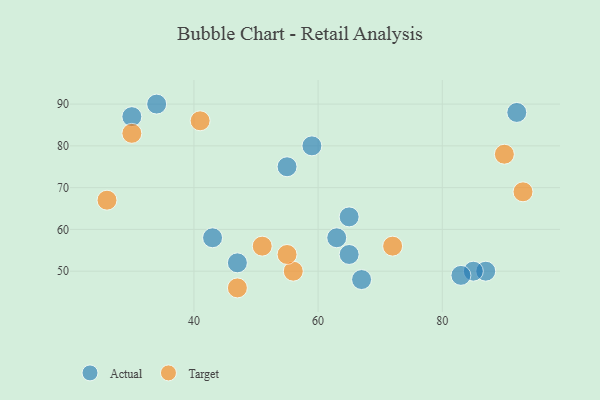
{"axis": {"x": "GDP", "y": "Life Expectancy"}, "legend": ["Actual", "Target"], "data": [{"x": "65", "y": 54, "type": "Actual"}, {"x": "47", "y": 52, "type": "Actual"}, {"x": "65", "y": 63, "type": "Actual"}, {"x": "63", "y": 58, "type": "Actual"}, {"x": "55", "y": 75, "type": "Actual"}, {"x": "92", "y": 88, "type": "Actual"}, {"x": "43", "y": 58, "type": "Actual"}, {"x": "30", "y": 87, "type": "Actual"}, {"x": "59", "y": 80, "type": "Actual"}, {"x": "87", "y": 50, "type": "Actual"}, {"x": "85", "y": 50, "type": "Actual"}, {"x": "67", "y": 48, "type": "Actual"}, {"x": "34", "y": 90, "type": "Actual"}, {"x": "83", "y": 49, "type": "Actual"}, {"x": "93", "y": 69, "type": "Target"}, {"x": "41", "y": 86, "type": "Target"}, {"x": "90", "y": 78, "type": "Target"}, {"x": "30", "y": 83, "type": "Target"}, {"x": "26", "y": 67, "type": "Target"}, {"x": "56", "y": 50, "type": "Target"}, {"x": "72", "y": 56, "type": "Target"}, {"x": "51", "y": 56, "type": "Target"}, {"x": "47", "y": 46, "type": "Target"}, {"x": "55", "y": 54, "type": "Target"}]}